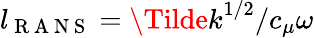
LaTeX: l_{\mathrm{~R~A~N~S~}}={\Tilde{k}}^{1/2}/c_{\mu}\omega